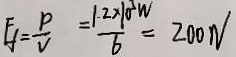
F _ { f } = \frac { p } { V } = \frac { 1 . 2 \times 1 0 ^ { 3 } W } { 6 } = 2 0 0 N